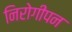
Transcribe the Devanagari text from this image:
निरोगीपन